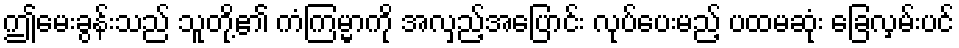
ဤမေးခွန်းသည် သူတို့၏ ကံကြမ္မာကို အလှည့်အပြောင်း လုပ်ပေးမည့် ပထမဆုံး ခြေလှမ်းပင်